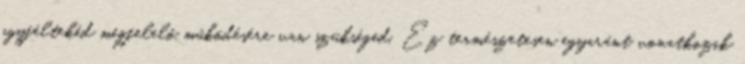
agyféltekéd megfelelő működésére van szükséged. Ez természetesen egyaránt vonatkozik